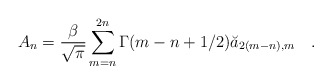
\begin{align*}A_n={\beta \over \sqrt{\pi}}\sum_{m=n}^{2n} \Gamma(m-n+1/2)\breve{a}_{2(m-n),m}~~~.\end{align*}